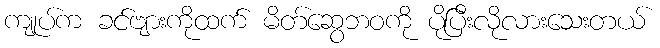
ကျုပ်က ခင်ဗျားကိုထက် မိတ်ဆွေဘဝကို ပိုပြီးလိုလားသေးတယ်